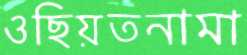
ওছিয়তনামা